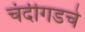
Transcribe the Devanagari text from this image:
चंदीगडचे